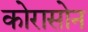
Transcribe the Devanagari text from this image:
कोरासोन